Civil Veterinary Dept. Bombay admin report 1900-1906 - 1900-1906
Year: 1900
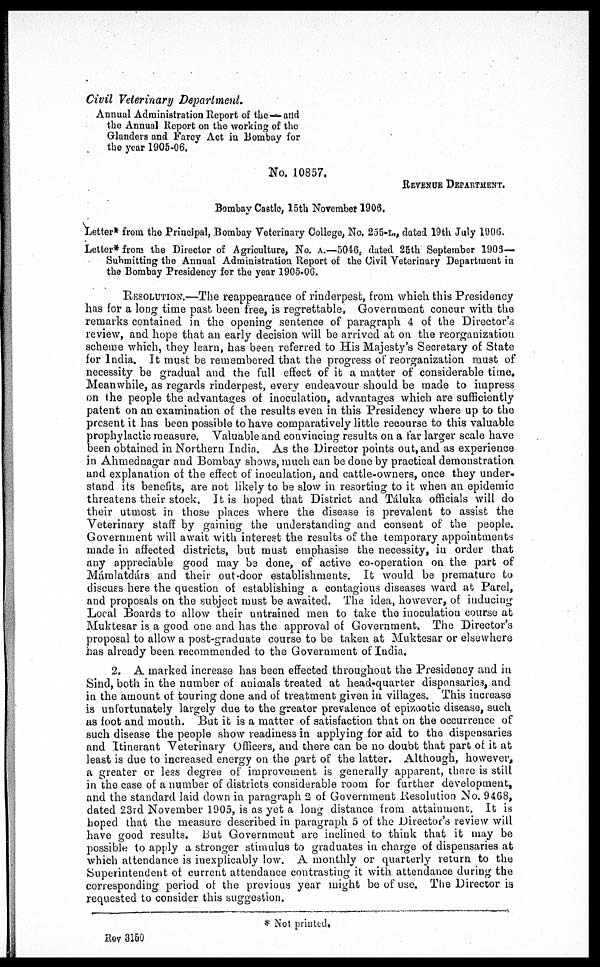
Civil Veterinary
Department.
Annual Administration Report of the—and
the Annual Report on the working of the
Glanders and Farey Act in Bombay for
the year 1905-06.
No. 10857.
REVENUE DEPARTMENT.
Bombay Castle, 15th November 1906.
Letter* from the Principal, Bombay Veterinary College, No. 255-L., dated 19th July 1906.
Letter* from the Director of Agriculture, No. A.—5046, dated 25th September 1905—
Submitting the Annual Administration Report of the Civil Veterinary Department in
the Bombay Presidency for the year 1905.06.
RESOLUTION.—The reappearance of rinderpest, from which this Presidency
has for a long time past been free, is regrettable, Government concur with the
remarks contained in the opening sentence of paragraph 4 of the Director's
review, and hope that an early decision will be arrived at on the reorganization
scheme which, they learn, has been referred to His Majesty's Secretary of State
for India. It must be remembered that the progress of reorganization must of
necessity be gradual and the full effect of it a matter of considerable time.
Meanwhile, as regards rinderpest, every endeavour should be made to impress
on the people the advantages of inoculation, advantages which are sufficiently
patent on an examination of the results even in this Presidency where up to the
present it has been possible to have comparatively little recourse to this valuable
prophylactic measure. Valuable and convincing results on a far larger scale have
been obtained in Northern India. As the Director points out, and as experience
in Ahmednagar and Bombay shows, much can be done by practical demonstration
and explanation of the effect of inoculation, and cattle-owners, once they under-
stand its benefits, are not likely to be slow in resorting to it when an epidemic
threatens their stock. It is hoped that District and Táluka officials will do
their utmost in those places where the disease is prevalent to assist the
Veterinary staff by gaining the understanding and consent of the people.
Government will await with interest the results of the temporary appointments
made in affected districts, but must emphasise the necessity, in order that
any appreciable good may be done, of active co-operation on the part of
Mámlatdárs and their out-door establishments. It would be premature to
discuss here the question of establishing a contagious diseases ward at Parel,
and proposals on the subject must be awaited. The idea, however, of inducing
Local Boards to allow their untrained men to take the inoculation course at
Muktesar is a good one and has the approval of Government. The Director's
proposal to allow a post-graduate course to be taken at Muktesar or elsewhere
has already been recommended to the Government of India.
2. A marked increase has been effected throughout the Presidency and in
Sind, both in the number of animals treated at head-quarter dispensaries, and
in the amount of touring done and of treatment given in villages. This increase
is unfortunately largely due to the greater prevalence of epizootic disease, such
as foot and mouth. But it is a matter of satisfaction that on the occurrence of
such disease the people show readiness in applying for aid to the dispensaries
and Itinerant Veterinary Officers, and there can be no doubt that part of it at
least is due to increased energy on the part of the latter. Although, however,
a greater or less degree of improvement is generally apparent, there is still
in the case of a number of districts considerable room for further development,
and the standard laid down in paragraph 2 of Government Resolution No. 9468,
dated 23rd November 1905, is as yet a long distance from attainment. It is
hoped that the measure described in paragraph 5 of the Director's review will
have good results. But Government are inclined to think that it may be
possible to apply a stronger stimulus to graduates in charge of dispensaries at
which attendance is inexplicably low. A monthly or quarterly return to the
Superintendent of current attendance contrasting it with attendance during the
corresponding period of the previous year might be of use. The Director is
requested to consider this suggestion.
* Not printed.
Rev 3150